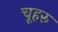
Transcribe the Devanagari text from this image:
चूहरु